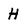
Character: H